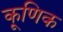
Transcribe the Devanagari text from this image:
कूणिक